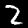
Label: 2